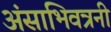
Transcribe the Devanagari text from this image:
अंसाभिवत्रनी